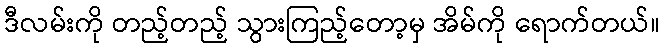
ဒီလမ်းကို တည့်တည့် သွားကြည့်တော့မှ အိမ်ကို ရောက်တယ်။